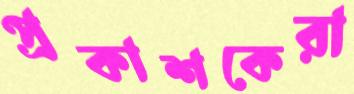
প্রকাশকেরা